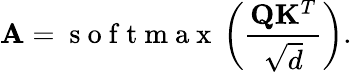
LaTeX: \mathbf{A}=\mathrm{~s~o~f~t~m~a~x~}\left(\frac{\mathbf{Q}\mathbf{K}^{T}}{\sqrt{d}}\right).